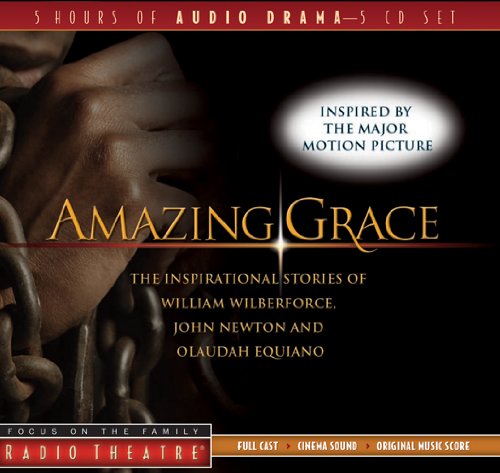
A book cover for Amazing Grace: The Inspirational Stories of William Wilberforce, John Newton, and Olaudah Equiano (Radio Theatre); Paul McCusker; Humor & Entertainment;